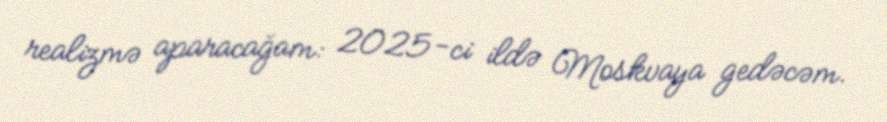
realizmə aparacağam: 2025-ci ildə Moskvaya gedəcəm.